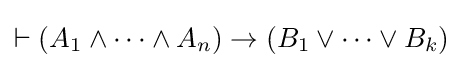
\vdash (A_{1}\land \cdots \land A_{n})\rightarrow (B_{1}\lor \cdots \lor B_{k})